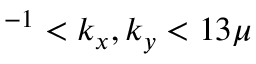
^ { - 1 } < k _ { x } , k _ { y } < 1 3 \mu